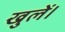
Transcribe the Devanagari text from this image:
खुलें।